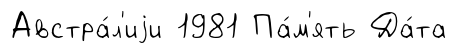
Австра́л'иjи 1981 Па́м'ять Да́та